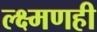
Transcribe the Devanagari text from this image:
ल्क्ष्मणही